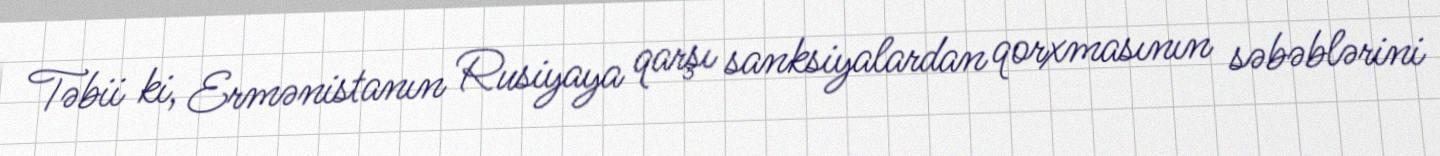
Təbii ki, Ermənistanın Rusiyaya qarşı sanksiyalardan qorxmasının səbəblərini